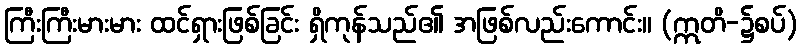
ကြီးကြီးမားမား ထင်ရှားဖြစ်ခြင်း ရှိကုန်သည်၏ အဖြစ်လည်းကောင်း။ (ဣတိ-၌စပ်)